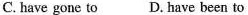
C. have gone to D. Have been to